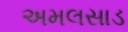
અમલસાડ